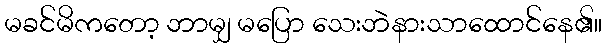
မခင်မိကတော့ ဘာမျှ မပြော သေးဘဲနားသာထောင်နေ၏။